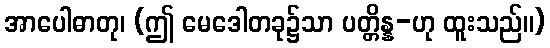
အာပေါဓာတု၊ (ဤ မေဒေါတခု၌သာ ပတ္တိန္န-ဟု ထူးသည်။)